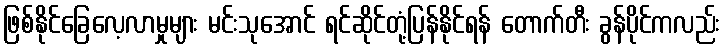
ဖြစ်နိုင်ခြေလေ့လာမှုများ မင်းသုအောင် ရင်ဆိုင်တုံ့ပြန်နိုင်ရန် တောက်တီး ခွန်ပိုင်ကလည်း